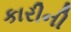
કારીની